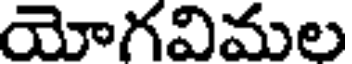
యోగవిమల